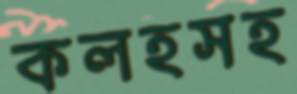
কলহসহ